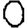
Digit: 0